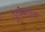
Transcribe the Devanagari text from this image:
यूलीफ़्लोरा